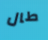
طال